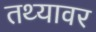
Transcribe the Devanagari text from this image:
तथ्यावर